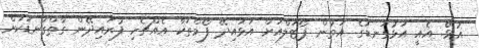
އުޅޭ. އެއީ އަޅުގަނޑުގެ އަތުން ޕޯޓަލްއަށް އަޅައިދޭ ފޯމްތަކާ އެއްޗެހި ފުރައިދޭން ގާތްގަނޑަކަށް